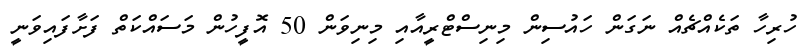
ހުރިހާ ތަކެއްޗެއް ނަގަން ހައުސިން މިނިސްޓްރީއާއި މިނިވަން 50 އޮފީހުން މަސައްކަތް ފަށާފައިވަނީ